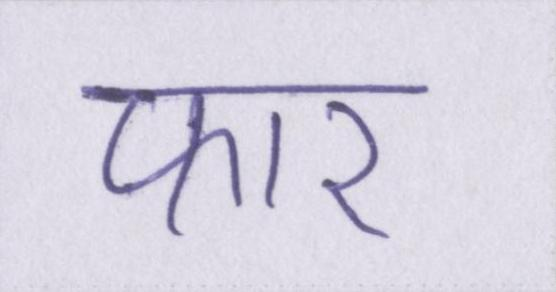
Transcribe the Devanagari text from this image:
फार